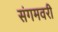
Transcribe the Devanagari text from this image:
संगमवरी